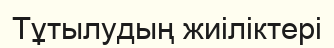
Тұтылудың жиіліктері